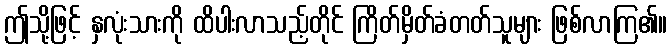
ဤသို့ဖြင့် နှလုံးသားကို ထိပါးလာသည့်တိုင် ကြိတ်မှိတ်ခံတတ်သူများ ဖြစ်လာကြ၏။